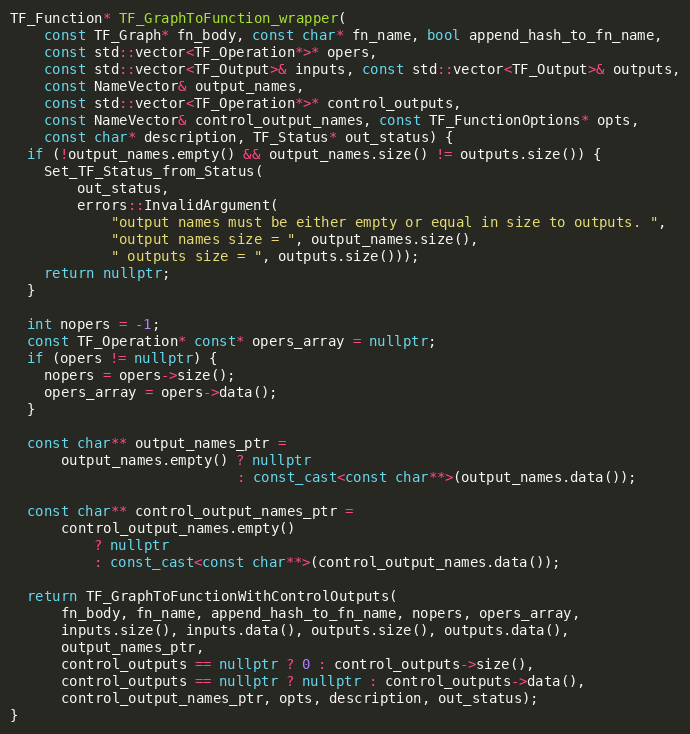
Language: C++
TF_Function* TF_GraphToFunction_wrapper(
    const TF_Graph* fn_body, const char* fn_name, bool append_hash_to_fn_name,
    const std::vector<TF_Operation*>* opers,
    const std::vector<TF_Output>& inputs, const std::vector<TF_Output>& outputs,
    const NameVector& output_names,
    const std::vector<TF_Operation*>* control_outputs,
    const NameVector& control_output_names, const TF_FunctionOptions* opts,
    const char* description, TF_Status* out_status) {
  if (!output_names.empty() && output_names.size() != outputs.size()) {
    Set_TF_Status_from_Status(
        out_status,
        errors::InvalidArgument(
            "output names must be either empty or equal in size to outputs. ",
            "output names size = ", output_names.size(),
            " outputs size = ", outputs.size()));
    return nullptr;
  }

  int nopers = -1;
  const TF_Operation* const* opers_array = nullptr;
  if (opers != nullptr) {
    nopers = opers->size();
    opers_array = opers->data();
  }

  const char** output_names_ptr =
      output_names.empty() ? nullptr
                           : const_cast<const char**>(output_names.data());

  const char** control_output_names_ptr =
      control_output_names.empty()
          ? nullptr
          : const_cast<const char**>(control_output_names.data());

  return TF_GraphToFunctionWithControlOutputs(
      fn_body, fn_name, append_hash_to_fn_name, nopers, opers_array,
      inputs.size(), inputs.data(), outputs.size(), outputs.data(),
      output_names_ptr,
      control_outputs == nullptr ? 0 : control_outputs->size(),
      control_outputs == nullptr ? nullptr : control_outputs->data(),
      control_output_names_ptr, opts, description, out_status);
}